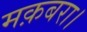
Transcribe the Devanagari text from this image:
मक़बरा।